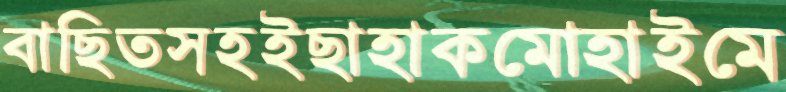
বাছিতসহইছাহাকমোহাইমে